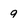
Character: 9